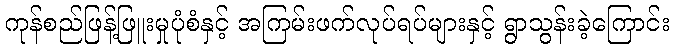
ကုန်စည်ဖြန့်ဖြူးမှုပုံစံနှင့် အကြမ်းဖက်လုပ်ရပ်များနှင့် ရွာသွန်းခဲ့ကြောင်း